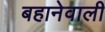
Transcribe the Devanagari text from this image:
बहानेवाली